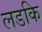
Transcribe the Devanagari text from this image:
लडकि